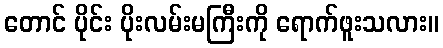
တောင် ပိုင်း ပိုးလမ်းမကြီးကို ရောက်ဖူးသလား။